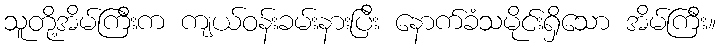
သူတို့အိမ်ကြီးက ကျယ်ဝန်းခမ်းနားပြီး နောက်ခံသမိုင်းရှိသော အိမ်ကြီး။